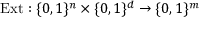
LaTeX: { \mathrm { E x t } } : \{ 0 , 1 \} ^ { n } \times \{ 0 , 1 \} ^ { d } \to \{ 0 , 1 \} ^ { m }